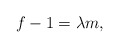
\begin{align*}f-1=\lambda m,\end{align*}